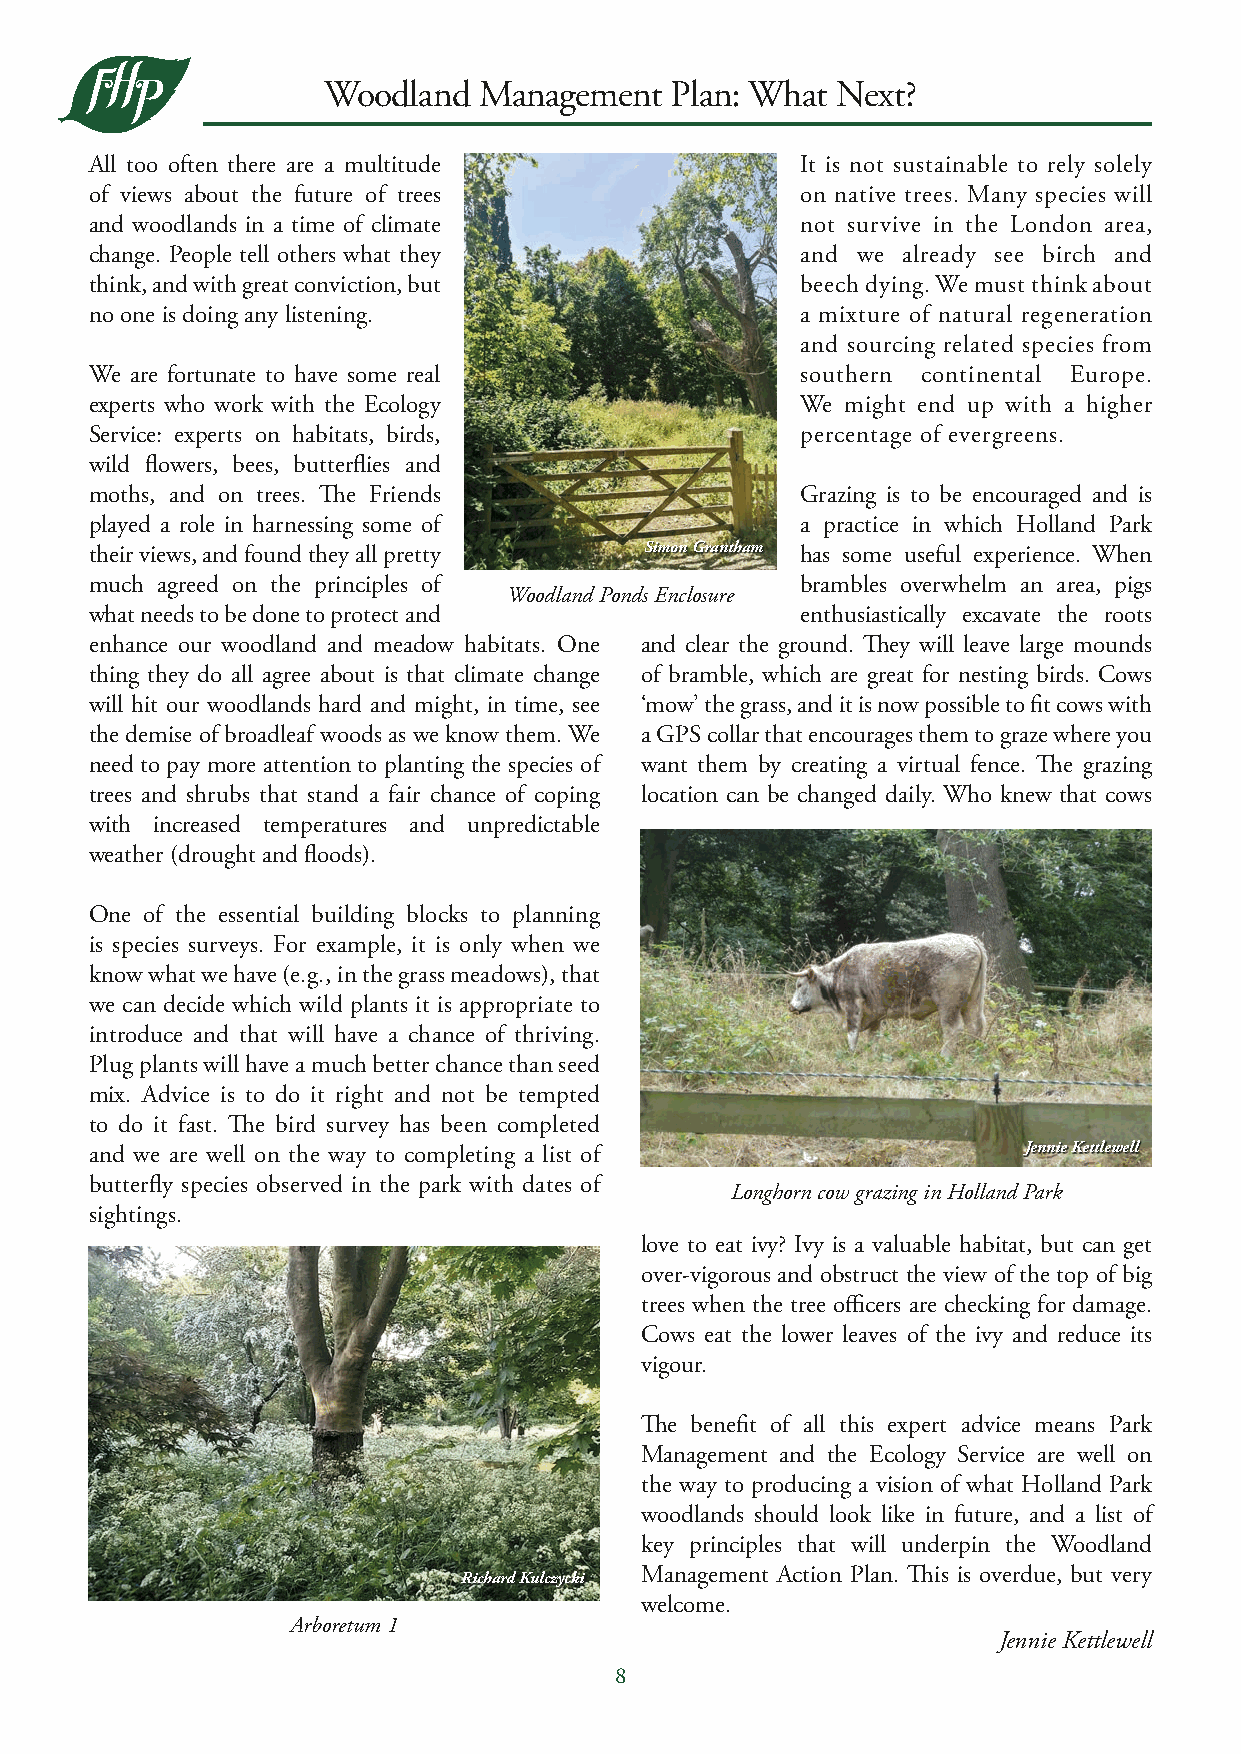
Woodland   Management  Plan: What Next?
 All too often there are a multitude            It is not sustainable to rely solely
 of views about the future of trees             on native trees. Many species will
 and woodlands in a time of climate             not survive in the London area,
 change. People tell others what they           and we already see birch and
 think, and with great conviction, but          beech dying. We must think about
 no one is doing any listening.                 a mixture of natural regeneration
 and sourcing related species from
 We are fortunate to have some real             southern continental Europe.
 experts who work with the Ecology              We might end up with a higher
 Service: experts on habitats, birds,           percentage of evergreens.
 wild flowers, bees, butterflies and
 moths, and on trees. The Friends               Grazing is to be encouraged and is
 played a role in harnessing some of            a practice in which Holland Park
 their views, and found they all pretty Simon Grantham has some useful experience. When
 much agreed on the principles of               brambles overwhelm an area, pigs
 Woodland Ponds Enclosure
 what needs to be done to protect and           enthusiastically excavate the roots
 enhance our woodland and meadow habitats. One and clear the ground. They will leave large mounds
 thing they do all agree about is that climate change of bramble, which are great for nesting birds. Cows
 will hit our woodlands hard and might, in time, see ‘mow’ the grass, and it is now possible to fit cows with
 the demise of broadleaf woods as we know them. We a GPS collar that encourages them to graze where you
 need to pay more attention to planting the species of want them by creating a virtual fence. The grazing
 trees and shrubs that stand a fair chance of coping location can be changed daily. Who knew that cows
 with increased temperatures and unpredictable
 weather (drought and floods).
 One of the essential building blocks to planning
 is species surveys. For example, it is only when we
 know what we have (e.g., in the grass meadows), that
 we can decide which wild plants it is appropriate to
 introduce and that will have a chance of thriving.
 Plug plants will have a much better chance than seed
 mix. Advice is to do it right and not be tempted
 to do it fast. The bird survey has been completed
 and we are well on the way to completing a list of            Jennie Kettlewell
 butterfly species observed in the park with dates of
 Longhorn cow grazing in Holland Park
 sightings.
 love to eat ivy? Ivy is a valuable habitat, but can get
 over-vigorous and obstruct the view of the top of big
 trees when the tree officers are checking for damage.
 Cows eat the lower leaves of the ivy and reduce its
 vigour.
 The benefit of all this expert advice means Park
 Management and the Ecology Service are well on
 the way to producing a vision of what Holland Park
 woodlands should look like in future, and a list of
 key principles that will underpin the Woodland
 Richard Kulczycki Management Action Plan. This is overdue, but very
 welcome.
 Arboretum 1
 Jennie Kettlewell
 8